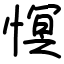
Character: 慏